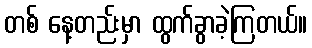
တစ် နေ့တည်းမှာ ထွက်ခွာခဲ့ကြတယ်။